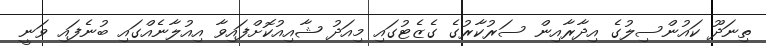
ތިނަދޫ ކައުންސިލުގެ އިދާރާއިން ސަރުކާރުގެ ގެޒެޓުގައި މިއަދު ޝާއިއުކޮށްފައިވާ އިއުލާނެއްގައި ބުނެފައި ވަނީ